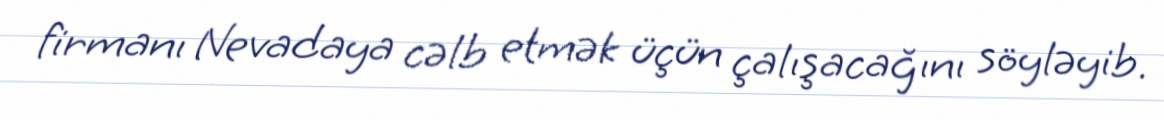
firmanı Nevadaya cəlb etmək üçün çalışacağını söyləyib.